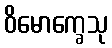
ဝိမောက္ခေသု